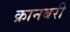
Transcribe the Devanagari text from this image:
क्रानबरी